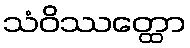
သံဝိဿတ္ထော